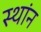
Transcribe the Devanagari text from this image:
स्थांन